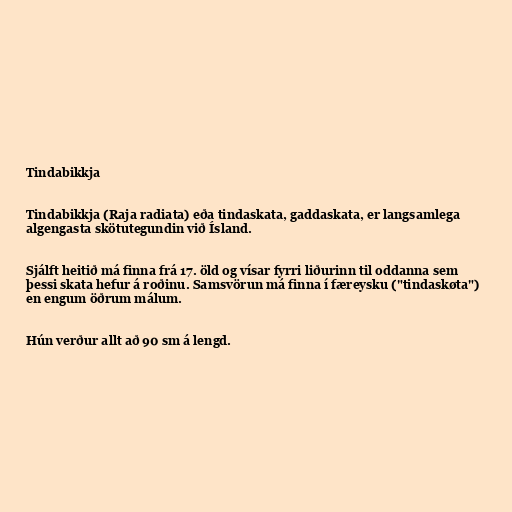
Tindabikkja

Tindabikkja (Raja radiata) eða tindaskata, gaddaskata, er langsamlega
algengasta skötutegundin við Ísland.

Sjálft heitið má finna frá 17. öld og vísar fyrri liðurinn til oddanna sem
þessi skata hefur á roðinu. Samsvörun má finna í færeysku ("tindaskøta")
en engum öðrum málum.

Hún verður allt að 90 sm á lengd.